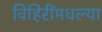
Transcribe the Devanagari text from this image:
विहिरींमधल्या